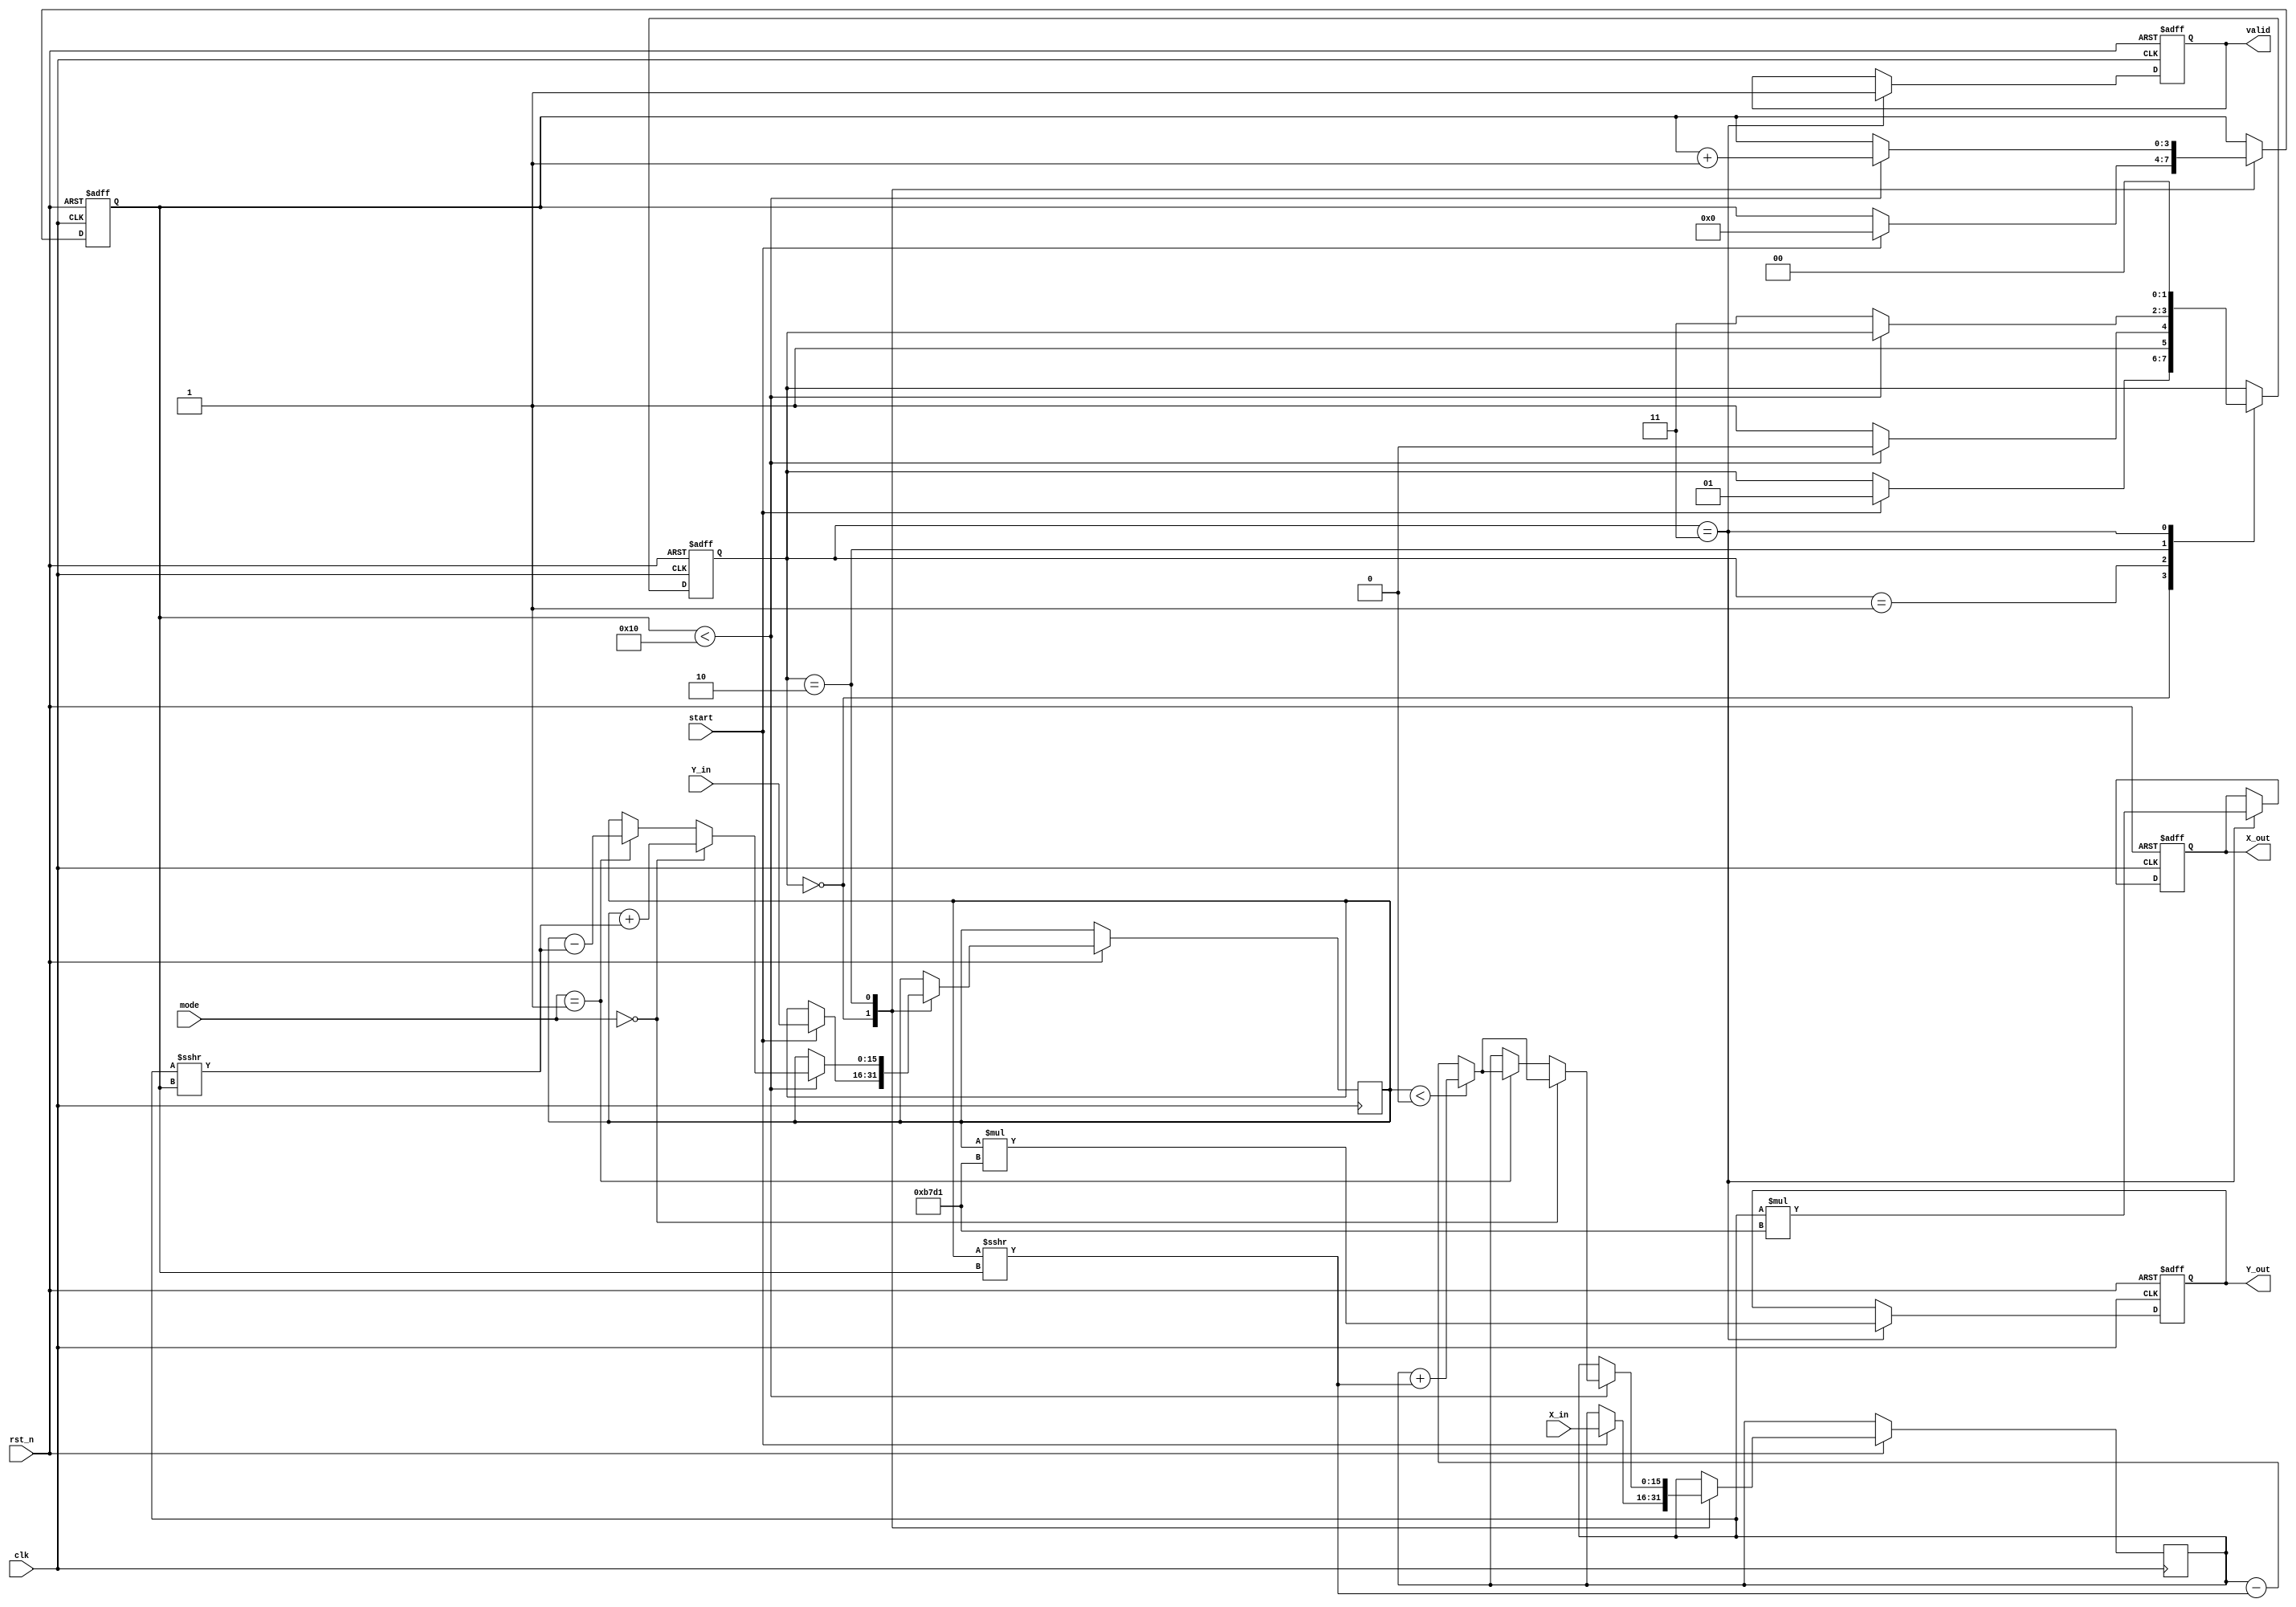
module hyperbolic_cordic (
    input wire clk,
    input wire rst_n,
    input wire start,
    input wire [15:0] X_in,  // Input X
    input wire [15:0] Y_in,  // Input Y
    input wire [1:0] mode,    // Mode selector (00: sinh, 01: cosh)
    output reg [15:0] X_out,  // Output X
    output reg [15:0] Y_out,  // Output Y
    output reg valid          // Output valid signal
);

    // Parameters
    parameter N = 16; // Number of iterations
    parameter K = 16'hB7D1; // Scaling factor (approx. 0.607)

    // Internal registers
    reg [15:0] X, Y, Z;
    reg [3:0] iteration;
    reg [1:0] state;

    // State encoding
    localparam IDLE = 2'b00;
    localparam INIT = 2'b01;
    localparam ITERATE = 2'b10;
    localparam DONE = 2'b11;

    // Hyperbolic angles (pre-computed for CORDIC)
    reg [15:0] angles [0:N-1];

    // Initialize hyperbolic angles
    initial begin
        angles[0] = 16'h0000; // atan(1) = 0
        angles[1] = 16'h0001; // atan(1/3)
        angles[2] = 16'h0002; // atan(1/7)
        // Fill in the rest as needed...
    end

    // FSM for control logic
    always @(posedge clk or negedge rst_n) begin
        if (!rst_n) begin
            state <= IDLE;
            valid <= 0;
            iteration <= 0;
            X_out <= 0;
            Y_out <= 0;
        end else begin
            case (state)
                IDLE: begin
                    if (start) begin
                        // Load inputs
                        X <= X_in;
                        Y <= Y_in;
                        Z <= 0; // Initialize Z based on mode
                        iteration <= 0;
                        state <= INIT;
                    end
                end

                INIT: begin
                    // Initialization step
                    if (iteration < N) begin
                        state <= ITERATE;
                    end else begin
                        state <= DONE;
                    end
                end

                ITERATE: begin
                    // CORDIC iteration
                    if (iteration < N) begin
                        if (mode == 2'b00) begin // sinh
                            // Update X and Y based on hyperbolic rotation
                            if (Y < 0) begin
                                X <= X + (Y >>> iteration);
                                Y <= Y + (X >>> iteration);
                            end else begin
                                X <= X - (Y >>> iteration);
                                Y <= Y + (X >>> iteration);
                            end
                        end else if (mode == 2'b01) begin // cosh
                            // Update X and Y based on hyperbolic rotation
                            if (Y < 0) begin
                                X <= X + (Y >>> iteration);
                                Y <= Y - (X >>> iteration);
                            end else begin
                                X <= X - (Y >>> iteration);
                                Y <= Y - (X >>> iteration);
                            end
                        end
                        iteration <= iteration + 1;
                    end else begin
                        state <= DONE;
                    end
                end

                DONE: begin
                    // Output results
                    X_out <= X * K; // Apply scaling factor
                    Y_out <= Y * K; // Apply scaling factor
                    valid <= 1; // Indicate valid output
                    state <= IDLE; // Go back to IDLE
                end
            endcase
        end
    end
endmodule